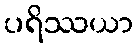
ပရိဿယာ